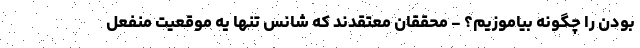
بودن را چگونه بیاموزیم؟ - محققان معتقدند که شانس تنها یه موقعیت منفعل